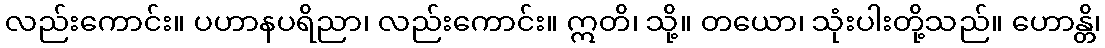
လည်းကောင်း။ ပဟာနပရိညာ၊ လည်းကောင်း။ ဣတိ၊ သို့။ တယော၊ သုံးပါးတို့သည်။ ဟောန္တိ၊